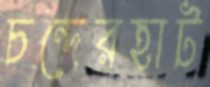
চন্দেরহাট